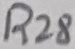
Text: R28